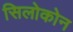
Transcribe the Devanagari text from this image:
सिलोकोन